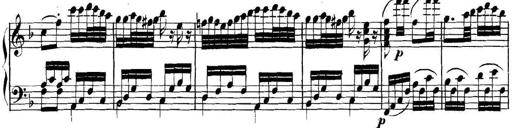
Title: Collected Piano Sonatas
Composer: Muzio Clementi